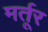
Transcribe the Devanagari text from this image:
मर्तूर